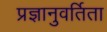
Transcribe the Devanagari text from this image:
प्रज्ञानुवर्तिता